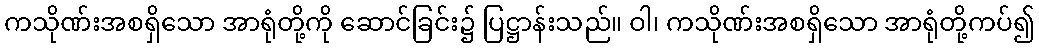
ကသိုဏ်းအစရှိသော အာရုံတို့ကို ဆောင်ခြင်း၌ ပြဋ္ဌာန်းသည်။ ဝါ၊ ကသိုဏ်းအစရှိသော အာရုံတို့ကပ်၍